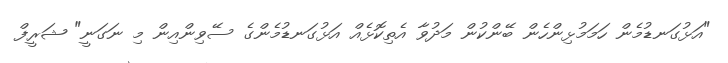
"އަޅުގަނޑުމެން ހަމަމުޅިންހެން ބޭންކުން މަދުވާ އެތިކޮޅެއް އަޅުގަނޑުމެންގެ ސޭވިންއިން މި ނަގަނީ" ޝަރީފް